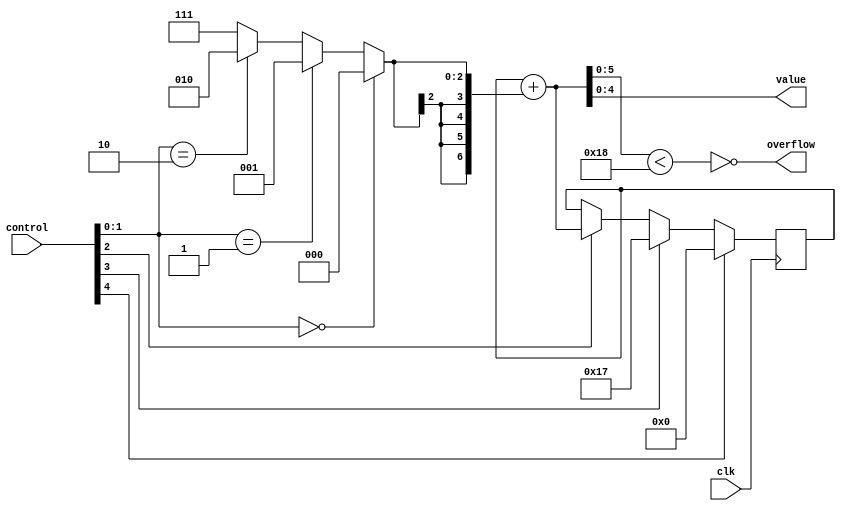
`ifndef COUNTER_OFFSET_V
`define COUNTER_OFFSET_V
//!    @title CONTADOR CON OFFSET
//!    @file counter_offset.v
//!    @author Valle Natalio
//!    @details
//!         Este modulo es un contador modificado para que pueda
//!         ajustarse un offset a la salida sin modificar el valor
//!         almacenado.
//!              00 => mantiene el valor 
//!              01 => suma  1
//!              10 => suma  2
//!              11 => resta 1
   

`define COUNTER_RESET     5'b10000
`define COUNTER_SETMAX    5'b01000
`define COUNTER_ENABLE    5'b00100

`define COUNTER_DEC_1     5'b00011
`define COUNTER_INC_2     5'b00010
`define COUNTER_INC_1     5'b00001
`define COUNTER_NO_CHANGE 5'b00000

`define COUNTER_RESET_BIT   4
`define COUNTER_LOADMAX_BIT 3
`define COUNTER_ENABLE_BIT  2

module counter_offset #(
    parameter MOD = 24
)
(
    input clk,
    input [4:0] control,
    output [$clog2(MOD)-1 : 0] value,
    output overflow
);

    wire rst, load_max, en;
    wire [1:0] sel;
    
    assign rst = control[4];
    assign load_max = control[3];
    assign en = control[2];
    assign sel = control[1:0];

    localparam REGISTER_SIZE = $clog2(MOD);

    reg [REGISTER_SIZE+2 : 0] count;
    wire [REGISTER_SIZE+2 : 0] count_unreg;
    wire [2:0] add_value;

    always @(posedge clk) begin
        if(rst)
            count <= 0;//{(REGISTER_SIZE + 1){1'b0}};
        else if(load_max)
            count <= MOD - 1;
        else if(en)
            count <= count_unreg;
    end 


    assign add_value   = (sel == 2'b00) ? 3'b000 :  
                         (sel == 2'b01) ? 3'b001 : 
                         (sel == 2'b10) ? 3'b010 : 3'b111; 

    assign count_unreg = count + {{(REGISTER_SIZE){add_value[2]}},add_value[1:0]};
    
    assign value    = count_unreg[REGISTER_SIZE-1:0];
    assign overflow = !(count_unreg[REGISTER_SIZE : 0] < MOD);


endmodule

`endif /* COUNTER_OFFSET_V */